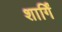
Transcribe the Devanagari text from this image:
शार्गिं